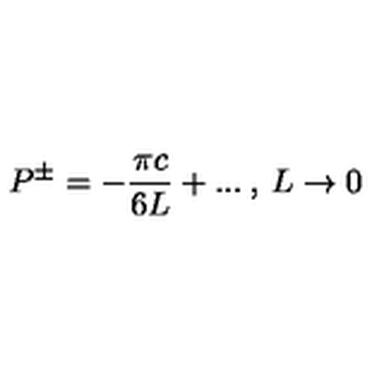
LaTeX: P ^ { \pm } = - \frac { \pi c } { 6 L } + . . . \: , \: L \rightarrow 0